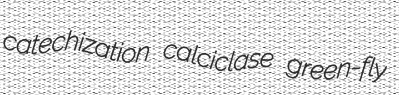
catechization calciclase green-fly